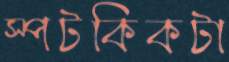
স্পটকিকটা